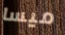
ميسا